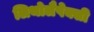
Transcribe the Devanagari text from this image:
लिथोलैपेक्सी